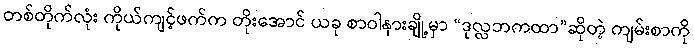
တစ်တိုက်လုံး ကိုယ်ကျင့်ဖက်က တိုးအောင် ယခု စာဝါနားချို့မှာ “ဒုလ္လဘကထာ”ဆိုတဲ့ ကျမ်းစာကို